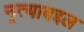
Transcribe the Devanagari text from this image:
नृत्याबद्दल